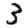
Digit: 3